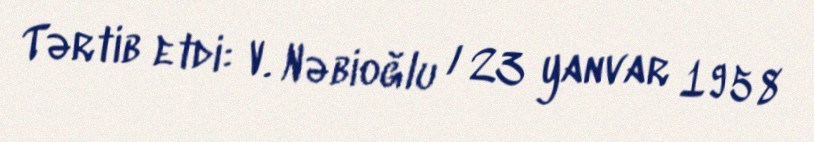
Tərtib etdi: V. Nəbioğlu / 23 yanvar 1958